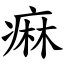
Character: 痳